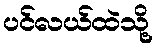
ပင်လယ်ထဲသို့